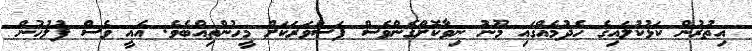
އިތުރުން ކަޅުކުލައިގެ ހެދުމެއްގައި މޫނު ނިވާކޮށްގެންވެސް ފަސްވަރަކަށް މީހުންތިއްބެވެ. އެއީ ވެސް ފުލުހުން